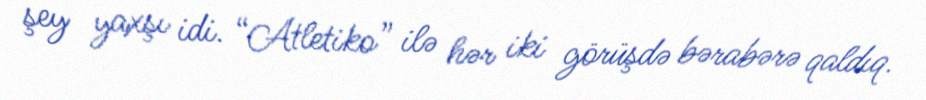
şey yaxşı idi. “Atletiko” ilə hər iki görüşdə bərabərə qaldıq.